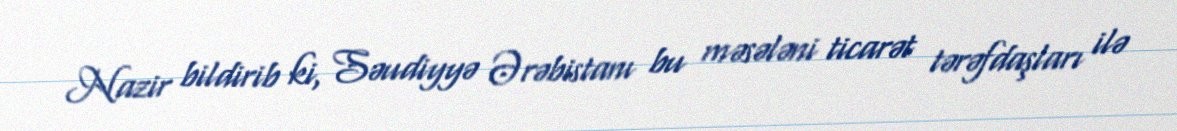
Nazir bildirib ki, Səudiyyə Ərəbistanı bu məsələni ticarət tərəfdaşları ilə